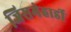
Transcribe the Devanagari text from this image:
जिसमेहार्डी